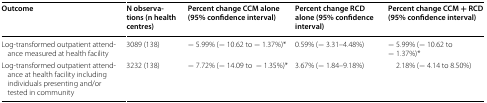
| Outcome | N observations (n health centres) | Percent change CCM alone (95% confidence interval) | Percent change RCD alone (95% confidence interval) | Percent change CCM + RCD (95% confidence interval) |
 | --- | --- | --- | --- | --- |
 | Log-transformed outpatient attendance measured at health facility | 3089 (138) | − 5.99% (− 10.62 to − 1.37%)* | 0.59% (− 3.31–4.48%) | − 5.99% (− 10.62 to − 1.37%)* |
 | Log-transformed outpatient attendance at health facility including individuals presenting and/or tested in community | 3232 (138) | − 7.72% (− 14.09 to− 1.35%)* | 3.67% (− 1.84–9.18%) | 2.18% (− 4.14 to 8.50%) |